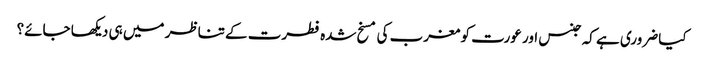
کیا ضروری ہے کہ جنس اور عورت کو مغرب کی مسخ شدہ فطرت کے تناظر میں ہی دیکھا جائے؟